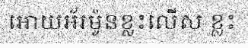
អោយអ័រម៉ូនខ្លះលើស ខ្លះ